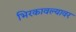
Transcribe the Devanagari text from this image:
भिरकावल्यावर